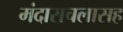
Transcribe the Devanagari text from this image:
मंदाराचलासह